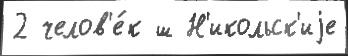
2 челов'е́к ш Н'икольск'иjе